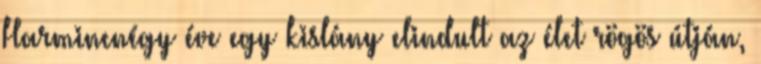
Harmincnégy éve egy kislány elindult az élet rögös útján,